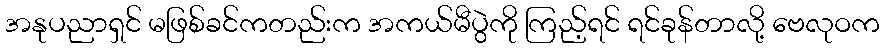
အနုပညာရှင် မဖြစ်ခင်ကတည်းက အကယ်မီပွဲကို ကြည့်ရင် ရင်ခုန်တာလို့ ဗေလုဝက